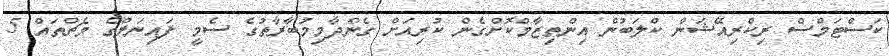
ކަސްޓަމްސް ރިކްރިއޭޝަން ކްލަބުން އިންތިޒާމްކޮށްގެން ކުރިއަށް ގެންދާމިމުބާރާތުގެ ސެމީ ފައިނަލްގެ މެޗްތައް 5